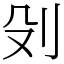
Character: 𠚹